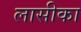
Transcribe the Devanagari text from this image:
लासीका